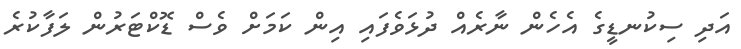
އަދި ސިކުނޑީގެ އެހެން ނާރެއް ދުޅަވެފައި އިން ކަމަށް ވެސް ޑޮކްޓަރުން ލަފާކުރެ